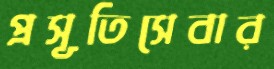
প্রসূতিসেবার